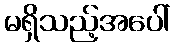
မရှိသည့်အပေါ်